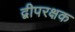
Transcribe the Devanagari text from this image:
द्वीपरक्षक